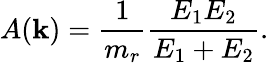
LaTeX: A(\mathbf{k})=\frac{{1}}{{m_{r}}}\frac{{E_{1}E_{2}}}{{E_{1}+E_{2}}}.